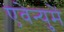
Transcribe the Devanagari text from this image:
एवेन्युमें